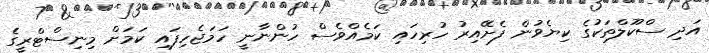
އަދި ސްކޫލްތަކުގެ ކިޔެވުން ފެށޭއިރު ހުރިހައި ކަމެއްވެސް ހުންނާނީ ހަމަޖެހިފައި ކަމަށް މިނިސްޓްރީގެ